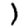
Digit: 1